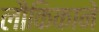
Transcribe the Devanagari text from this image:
लौकिकाने